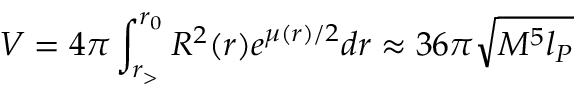
V = 4 \pi \int _ { r _ { > } } ^ { r _ { 0 } } R ^ { 2 } ( r ) e ^ { \mu ( r ) / 2 } d r \approx 3 6 \pi \sqrt { M ^ { 5 } l _ { P } }